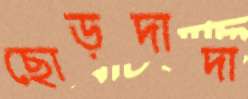
ছোড়দাদা